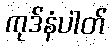
ကုဒ်နံပါတ်